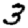
Digit: 3